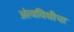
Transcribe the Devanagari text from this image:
अंत्यविधीचा